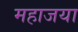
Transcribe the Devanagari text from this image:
महाजया